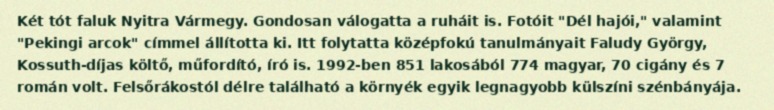
Két tót faluk Nyitra Vármegy. Gondosan válogatta a ruháit is. Fotóit "Dél hajói," valamint "Pekingi arcok" címmel állította ki. Itt folytatta középfokú tanulmányait Faludy György, Kossuth-díjas költő, műfordító, író is. 1992-ben 851 lakosából 774 magyar, 70 cigány és 7 román volt. Felsőrákostól délre található a környék egyik legnagyobb külszíni szénbányája.